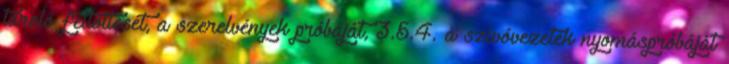
tároló feltöltését, a szerelvények próbáját, 3.5.4. a szívóvezeték nyomáspróbáját